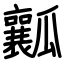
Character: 瓤